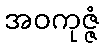
အဝကုဇ္ဇံ